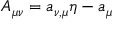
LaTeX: { \cal A } _ { \mu \nu } = { a } _ { \nu , \mu } \eta - { a } _ { \mu }